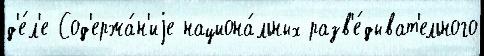
д'е́л'е Сод'ержа́н'иjе национа́льных разв'е́дыват'ельного